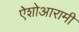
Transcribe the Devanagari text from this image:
ऐशोआरामी